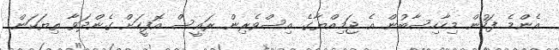
އެންމެ ފަހުން މިހާހިސާބުން އެ ޖަމިއްޔާގެ އިސްވެރިން ރައީސް އޮފީހަށް ގެންދަވާ ތިޔަކަން